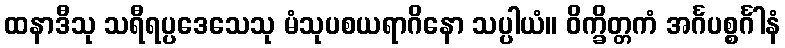
ထနာဒီသု သရီရပ္ပဒေသေသု မံသုပစယရာဂိနော သပ္ပါယံ။ ဝိက္ခိတ္တကံ အင်္ဂပစ္စင်္ဂါနံ